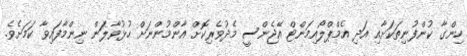
ހިންގާ ކުންފުނިތަކަށާއި އަދި އެމްޕްލޯއިމަންޓް އޭޖެންސީ މެދުވެރިކޮށް އާންމުންނަށް ހުޅުވާލަން ނިންމާފައިވާ ކަމަށެވެ.